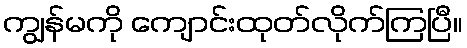
ကျွန်မကို ကျောင်းထုတ်လိုက်ကြပြီ။